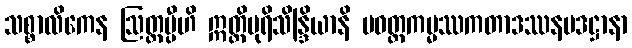
သစ္စာလိကေန ဩတ္တပ္ပီဟိ ဣတ္ထိပုရိသိန္ဒြိယာနိ ပဝတ္တကမ္မဿကတာဒဿနပဒဋ္ဌာနာ